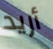
أريد